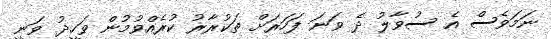
ނަމަވެސް އެ ސުވާލު ދެ ވަނަ ފަހަރަށް ތަކުރާރު ކުރެއްވުމުން ވަހީދު ވަނީ